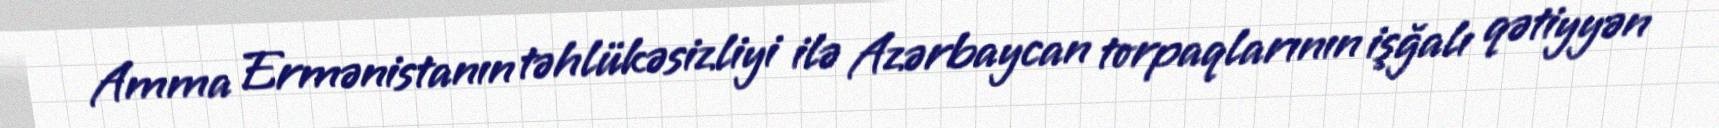
Amma Ermənistanın təhlükəsizliyi ilə Azərbaycan torpaqlarının işğalı qətiyyən